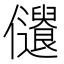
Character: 𠑞